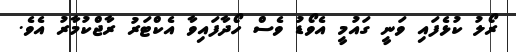
ރޯލު ކުޅެފައި ވަނީ ގައުމީ އެވޯޑު ވެސް ހޯދާފައިވާ އެކްޓަރު ރާޖްކުމާރު އެވެ.